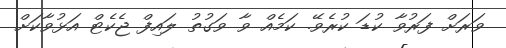
ވަރަށް ފަރުވާ ކުޑަ ކުރެވޭ. ކަމެއް ވާ ވަގުތު ލައިފް ޖެކެޓް އަޅުވާކަށް